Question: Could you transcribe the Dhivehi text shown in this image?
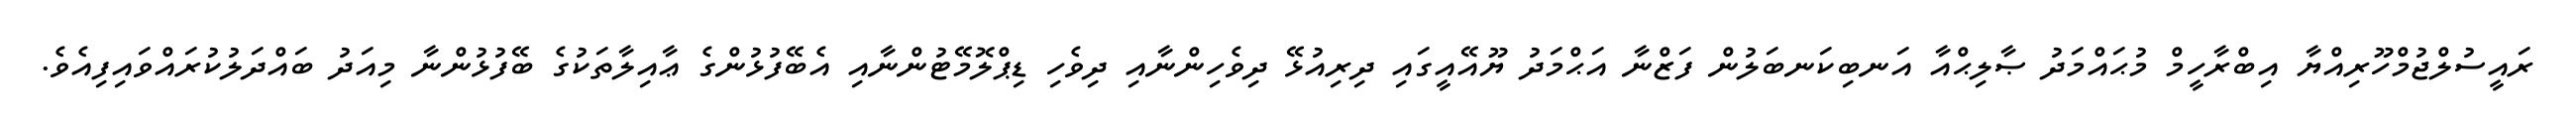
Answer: ރައީސުލްޖުމްހޫރިއްޔާ އިބްރާހީމް މުޙައްމަދު ޞާލިޙްއާ އަނބިކަނބަލުން ފަޒްނާ އަޙްމަދު ޔޫއޭއީގައި ދިރިއުޅޭ ދިވެހިންނާއި ދިވެހި ޑިޕްލޮމޭޓުންނާއި އެބޭފުޅުންގެ ޢާއިލާތަކުގެ ބޭފުޅުންނާ މިއަދު ބައްދަލުކުރައްވައިފިއެވެ.